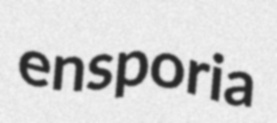
ensporia